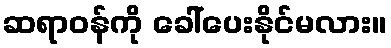
ဆရာဝန်ကို ခေါ်ပေးနိုင်မလား။